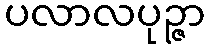
ပလာလပုဉ္ဇာ